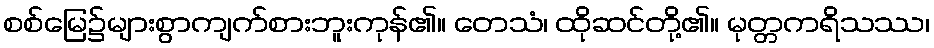
စစ်မြေ၌များစွာကျက်စားဘူးကုန်၏။ တေသံ၊ ထိုဆင်တို့၏။ မုတ္တကရိသဿ၊